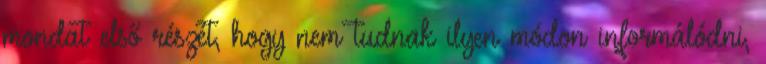
mondat első részét, hogy nem tudnak ilyen módon informálódni,